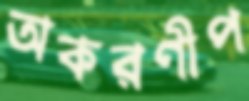
অকরণীপ